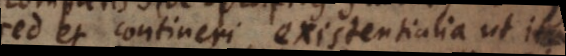
sed et contineri, existentialia ut ita